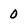
Character: 0